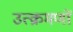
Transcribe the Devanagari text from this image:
उत्क्रमणों